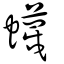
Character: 蠛